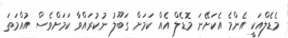
މެޑެލްއަކީ އެންމެ އެކަށޭނަ މޮޑެލް އެއް ކަމަށް ގަބޫލު ނުކުރައްވާ ކަމަށްވެސް އުއްމަތަ